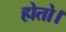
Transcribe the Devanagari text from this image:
होतो।